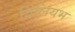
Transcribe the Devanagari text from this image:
विलियभ